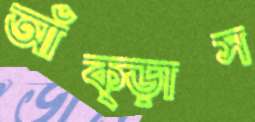
আঁক্‌ড়াস